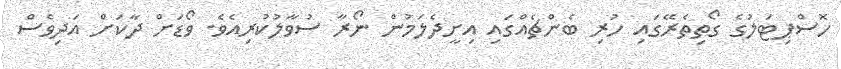
ހޮސްޕިޓަލުގެ ގޯތިތެރޭގައި ހުރި ބެންޗެއްގައި އިށީދެލަމުން ނޯރާ ސުވާލުކުރިއެވެ. ވޯޑަށް ދާކަށް އަދިވެސް